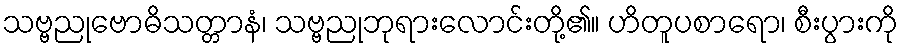
သဗ္ဗညုဗောဓိသတ္တာနံ၊ သဗ္ဗညုဘုရားလောင်းတို့၏။ ဟိတူပစာရော၊ စီးပွားကို